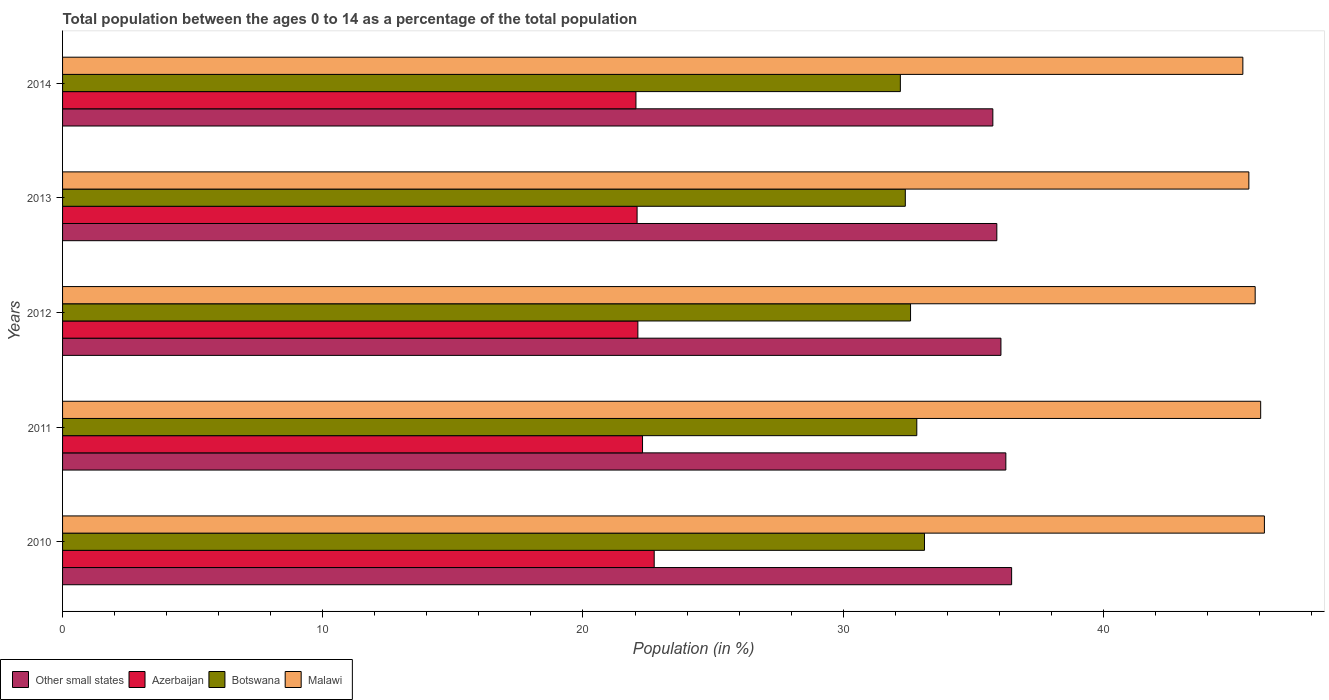
| Years | Other small states | Azerbaijan | Botswana | Malawi |
 | --- | --- | --- | --- | --- |
 | 2010 | 36.5 | 22.7 | 33.1 | 46.2 |
 | 2011 | 36.3 | 22.3 | 32.8 | 46 |
 | 2012 | 36.1 | 22.1 | 32.6 | 45.8 |
 | 2013 | 35.9 | 22.1 | 32.4 | 45.6 |
 | 2014 | 35.8 | 22 | 32.2 | 45.4 |